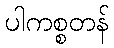
ပါကစ္စတန်